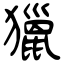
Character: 獵